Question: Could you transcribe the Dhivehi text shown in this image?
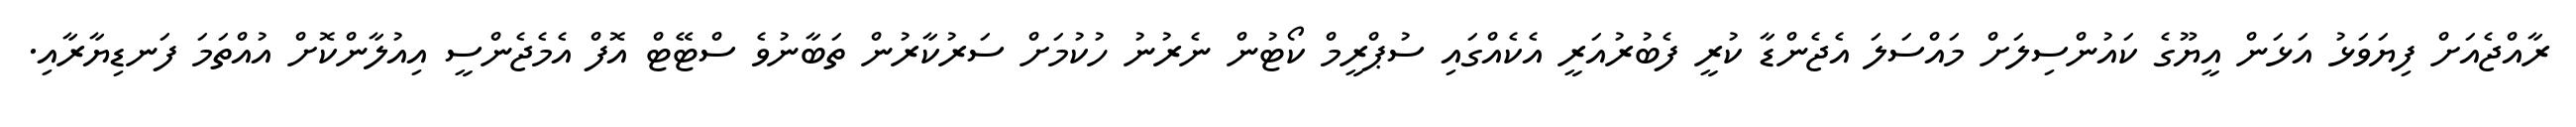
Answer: ރާއްޖެއަށް ފިޔަވަޅު އަޅަން އީޔޫގެ ކައުންސިލަށް މައްސަލަ އެޖެންޑާ ކުރީ ފެބުރުއަރީ އެކެއްގައި ސުޕްރީމް ކޯޓުން ނެރުނު ހުކުމަށް ސަރުކާރުން ތަބާނުވެ ސްޓޭޓް އޮފް އެމެޖެންސީ އިއުލާންކޮށް އުއްތަމަ ފަނޑިޔާރާއި.